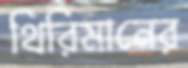
থিরিমানের